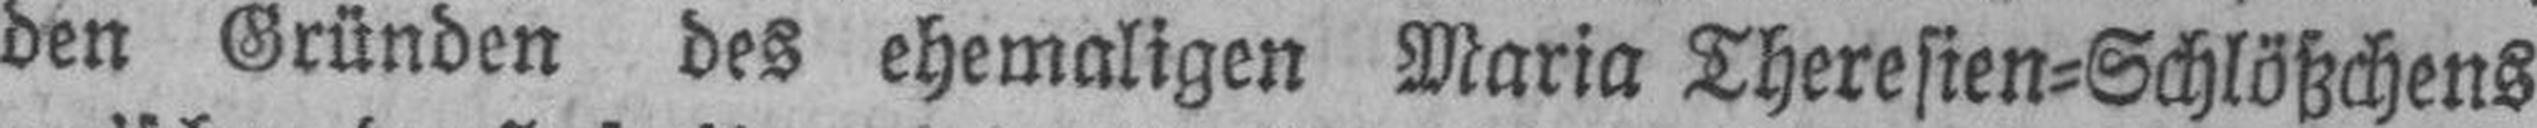
den Gründen des ehemaligen Maria Theresien=Schlößchens